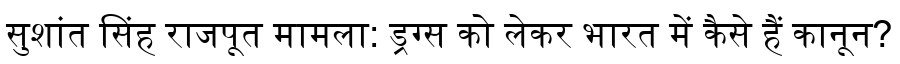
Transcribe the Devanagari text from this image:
सुशांत सिंह राजपूत मामला: ड्रग्स को लेकर भारत में कैसे हैं कानून?